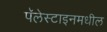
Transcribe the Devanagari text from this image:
पॅलेस्टाइनमधील